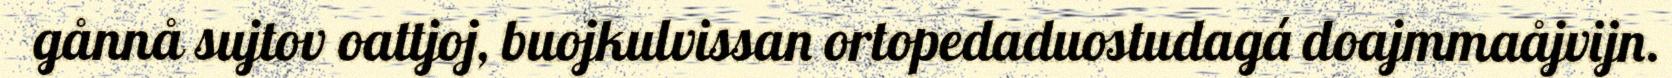
gånnå sujtov oattjoj, buojkulvissan ortopedaduostudagá doajmmaåjvijn.